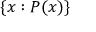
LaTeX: \{ x : P ( x ) \}